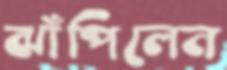
ঝাঁপিলেন